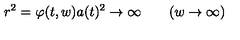
r ^ { 2 } = \varphi ( t , w ) a ( t ) ^ { 2 } \to \infty \qquad ( w \to \infty )